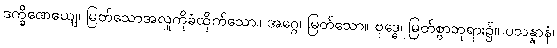
ဒက္ခိဏေယျေ၊ မြတ်သောအလှူကိုခံထိုက်သော။ အဂ္ဂေ၊ မြတ်သော။ ဗုဒ္ဓေ၊ မြတ်စွာဘုရား၌။ ပသန္နာနံ၊